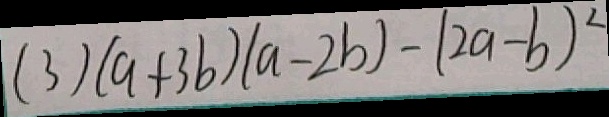
( 3 ) ( a + 3 b ) ( a - 2 b ) - ( 2 a - b ) ^ { 2 }